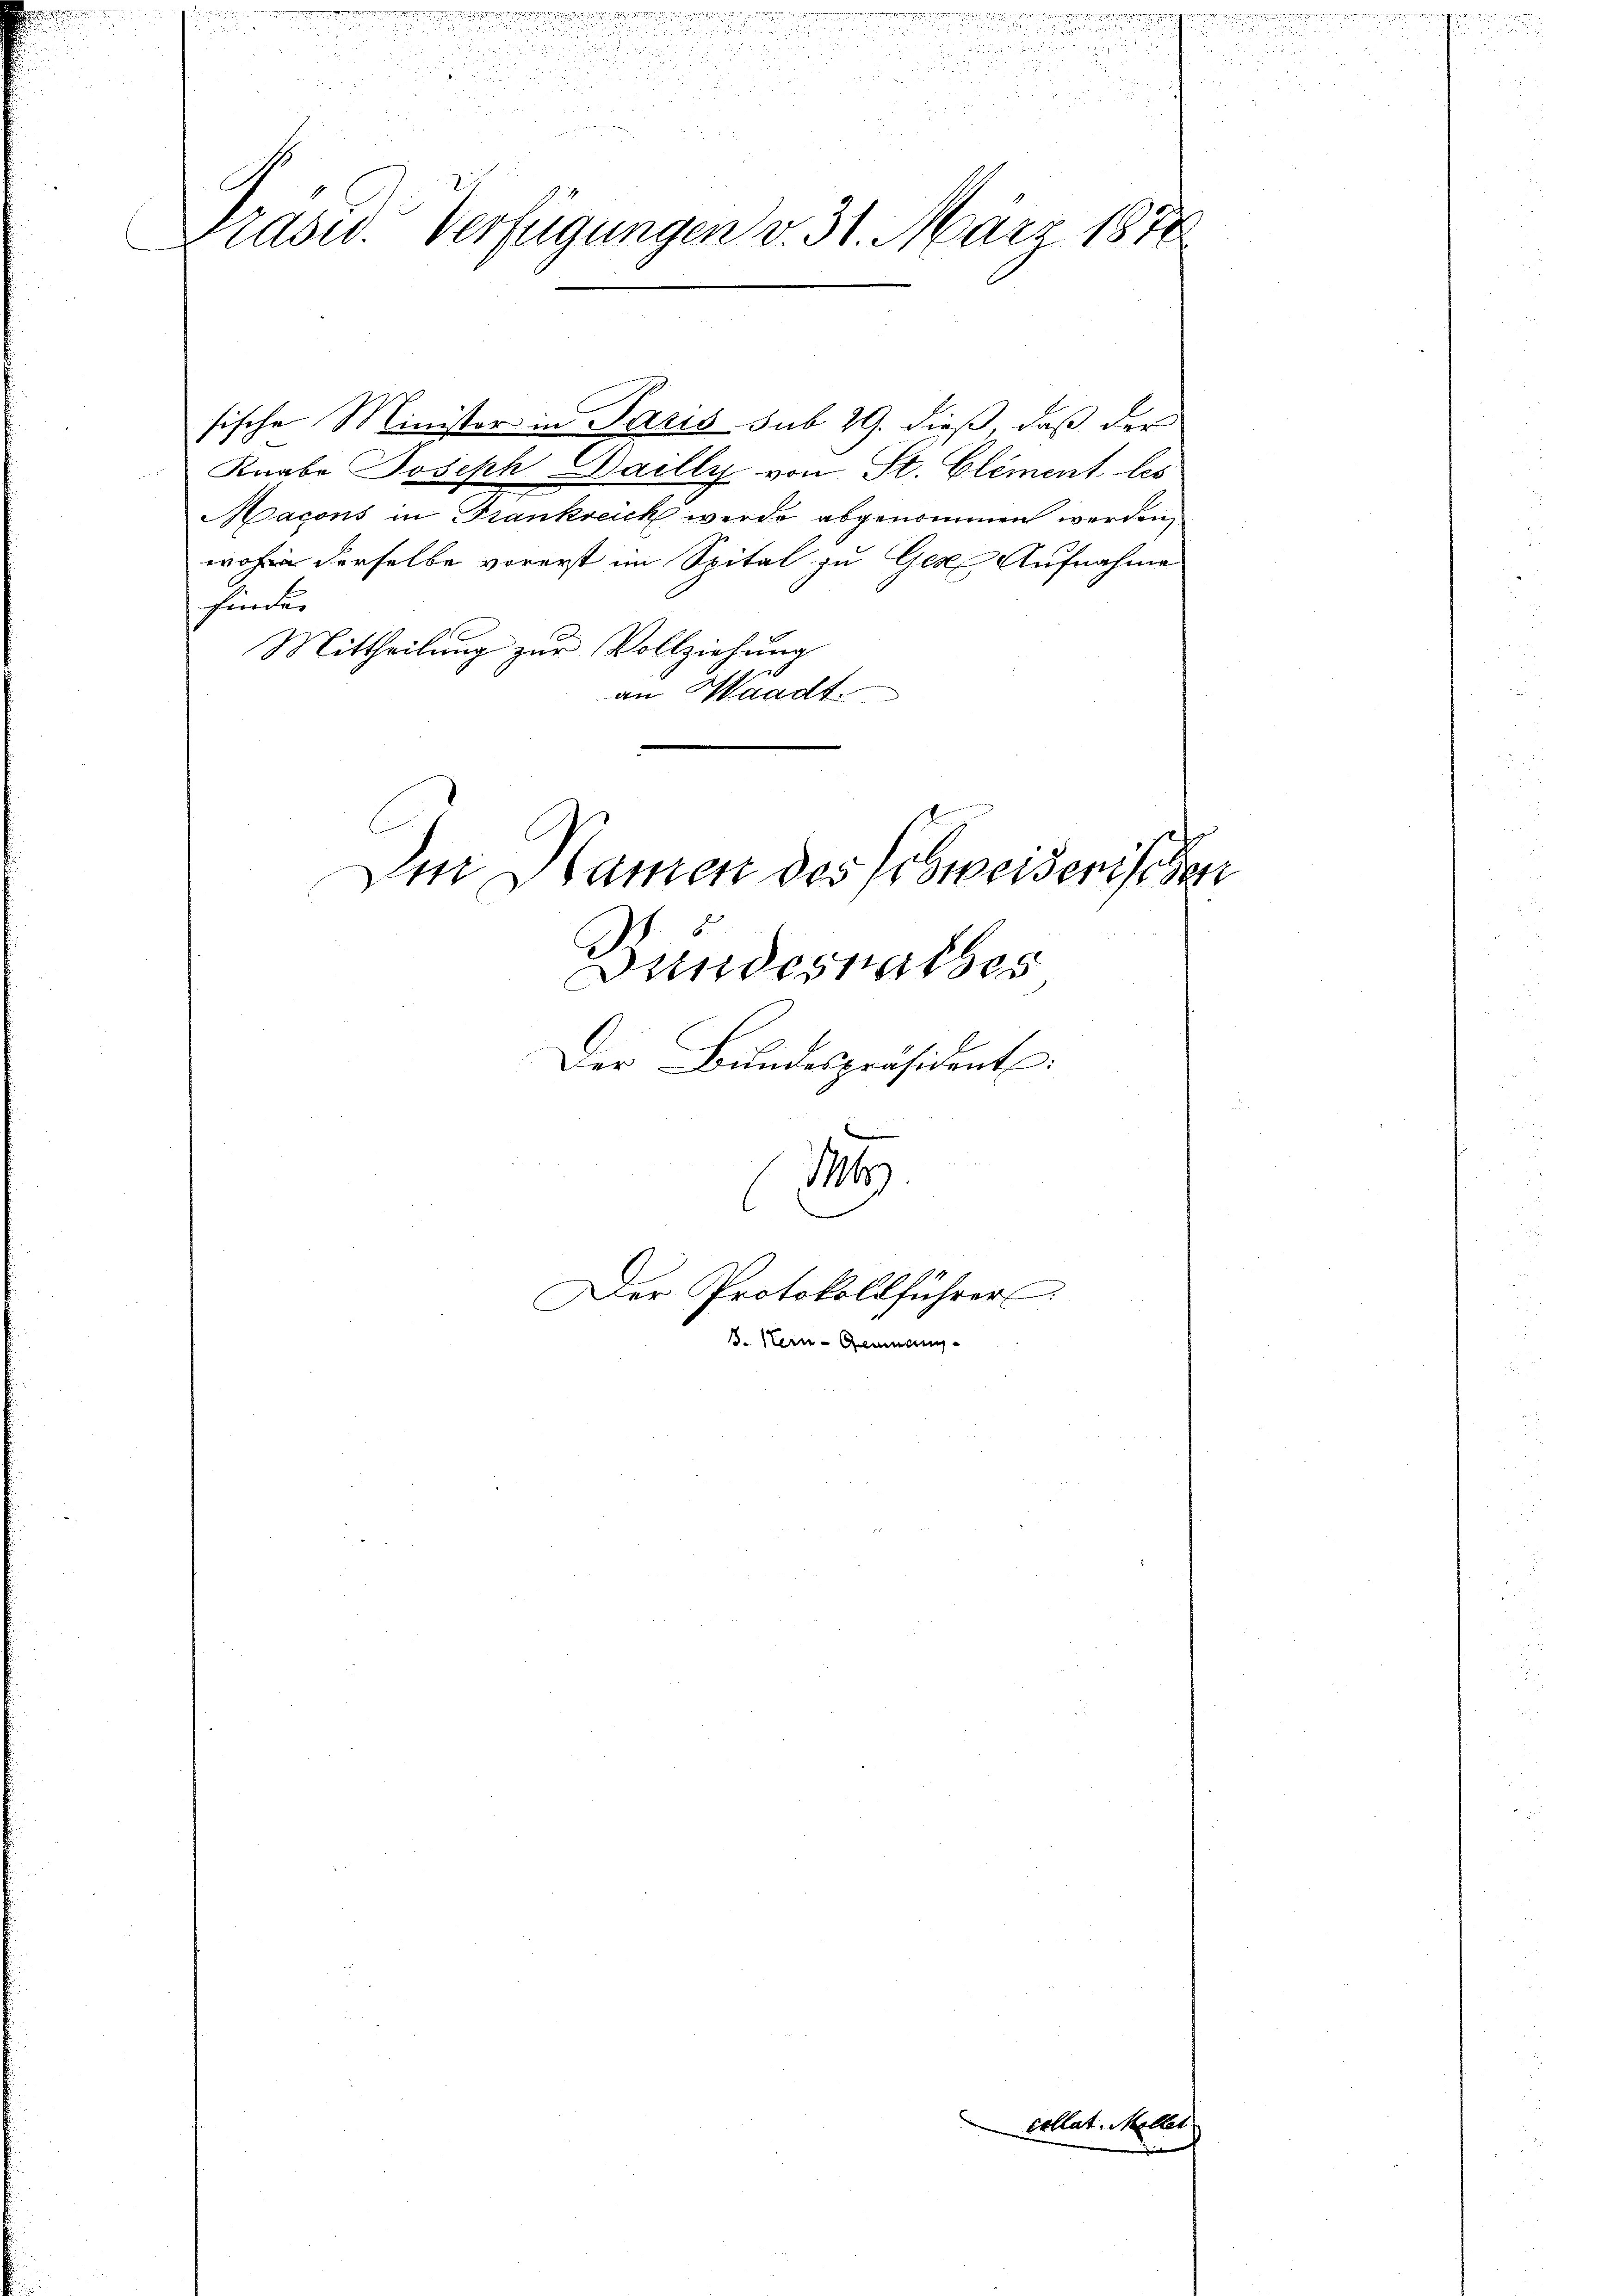
.

n

55
25
2
 x

u

n
Pradw. Verfügungen v. 31. März 1878

sische Minister in Paris sub. 29. dieß, daß der
Knabe Joseph Bailly von St. Clement les
Macons in Frankreich werde abgenommen werden,
wohin derselbe vorerst im Spital zu Gese Aufnahme
finden
Mittheilung zur Vollziehung
an Waadt.
Den Namen des Ersweiserischen
Bundesrathes
Der Bundespräsident:

176
l
Der Protokollführer
.. Hein-Germang¬

Cottat. Möllel

u

e